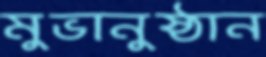
মুভানুষ্ঠান